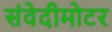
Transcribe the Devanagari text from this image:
संवेदीमोटर